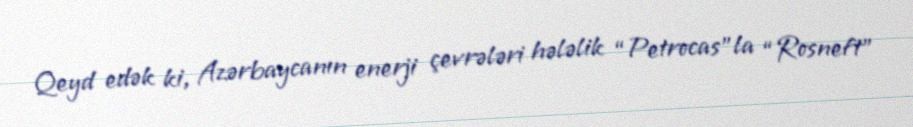
Qeyd edək ki, Azərbaycanın enerji çevrələri hələlik “Petrocas”la “Rosneft”